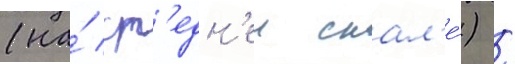
(на́ ср'едн'еи скал'е́) /